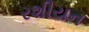
રશીયન